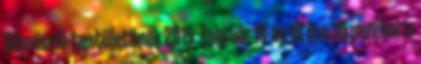
Képviselő-testületének 2015. február 18-án 18 óra 30 perckor a